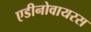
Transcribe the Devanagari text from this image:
एडीनोवायरस